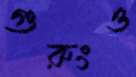
গুরুংও